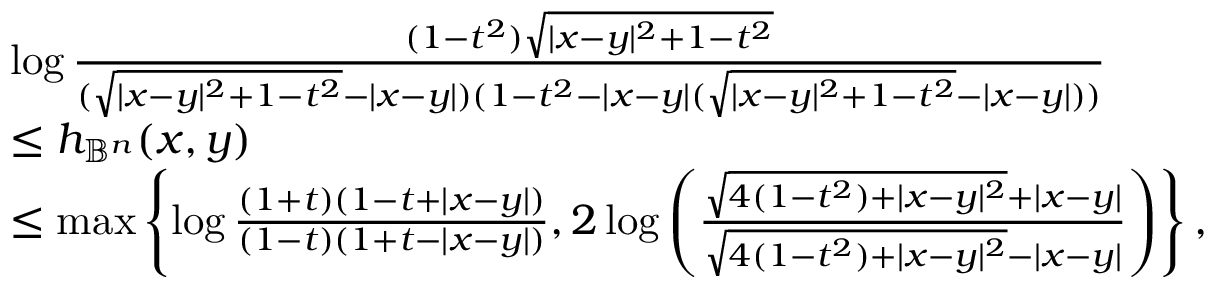
\begin{array} { r l } & { \log \frac { ( 1 - t ^ { 2 } ) \sqrt { | x - y | ^ { 2 } + 1 - t ^ { 2 } } } { ( \sqrt { | x - y | ^ { 2 } + 1 - t ^ { 2 } } - | x - y | ) ( 1 - t ^ { 2 } - | x - y | ( \sqrt { | x - y | ^ { 2 } + 1 - t ^ { 2 } } - | x - y | ) ) } } \\ & { \leq h _ { \mathbb { B } ^ { n } } ( x , y ) } \\ & { \leq \operatorname* { m a x } \left\{ \log \frac { ( 1 + t ) ( 1 - t + | x - y | ) } { ( 1 - t ) ( 1 + t - | x - y | ) } , 2 \log \left( \frac { \sqrt { 4 ( 1 - t ^ { 2 } ) + | x - y | ^ { 2 } } + | x - y | } { \sqrt { 4 ( 1 - t ^ { 2 } ) + | x - y | ^ { 2 } } - | x - y | } \right) \right\} , } \end{array}